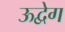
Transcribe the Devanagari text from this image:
ऊद्वेग